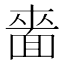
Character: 𮧌